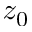
z _ { 0 }